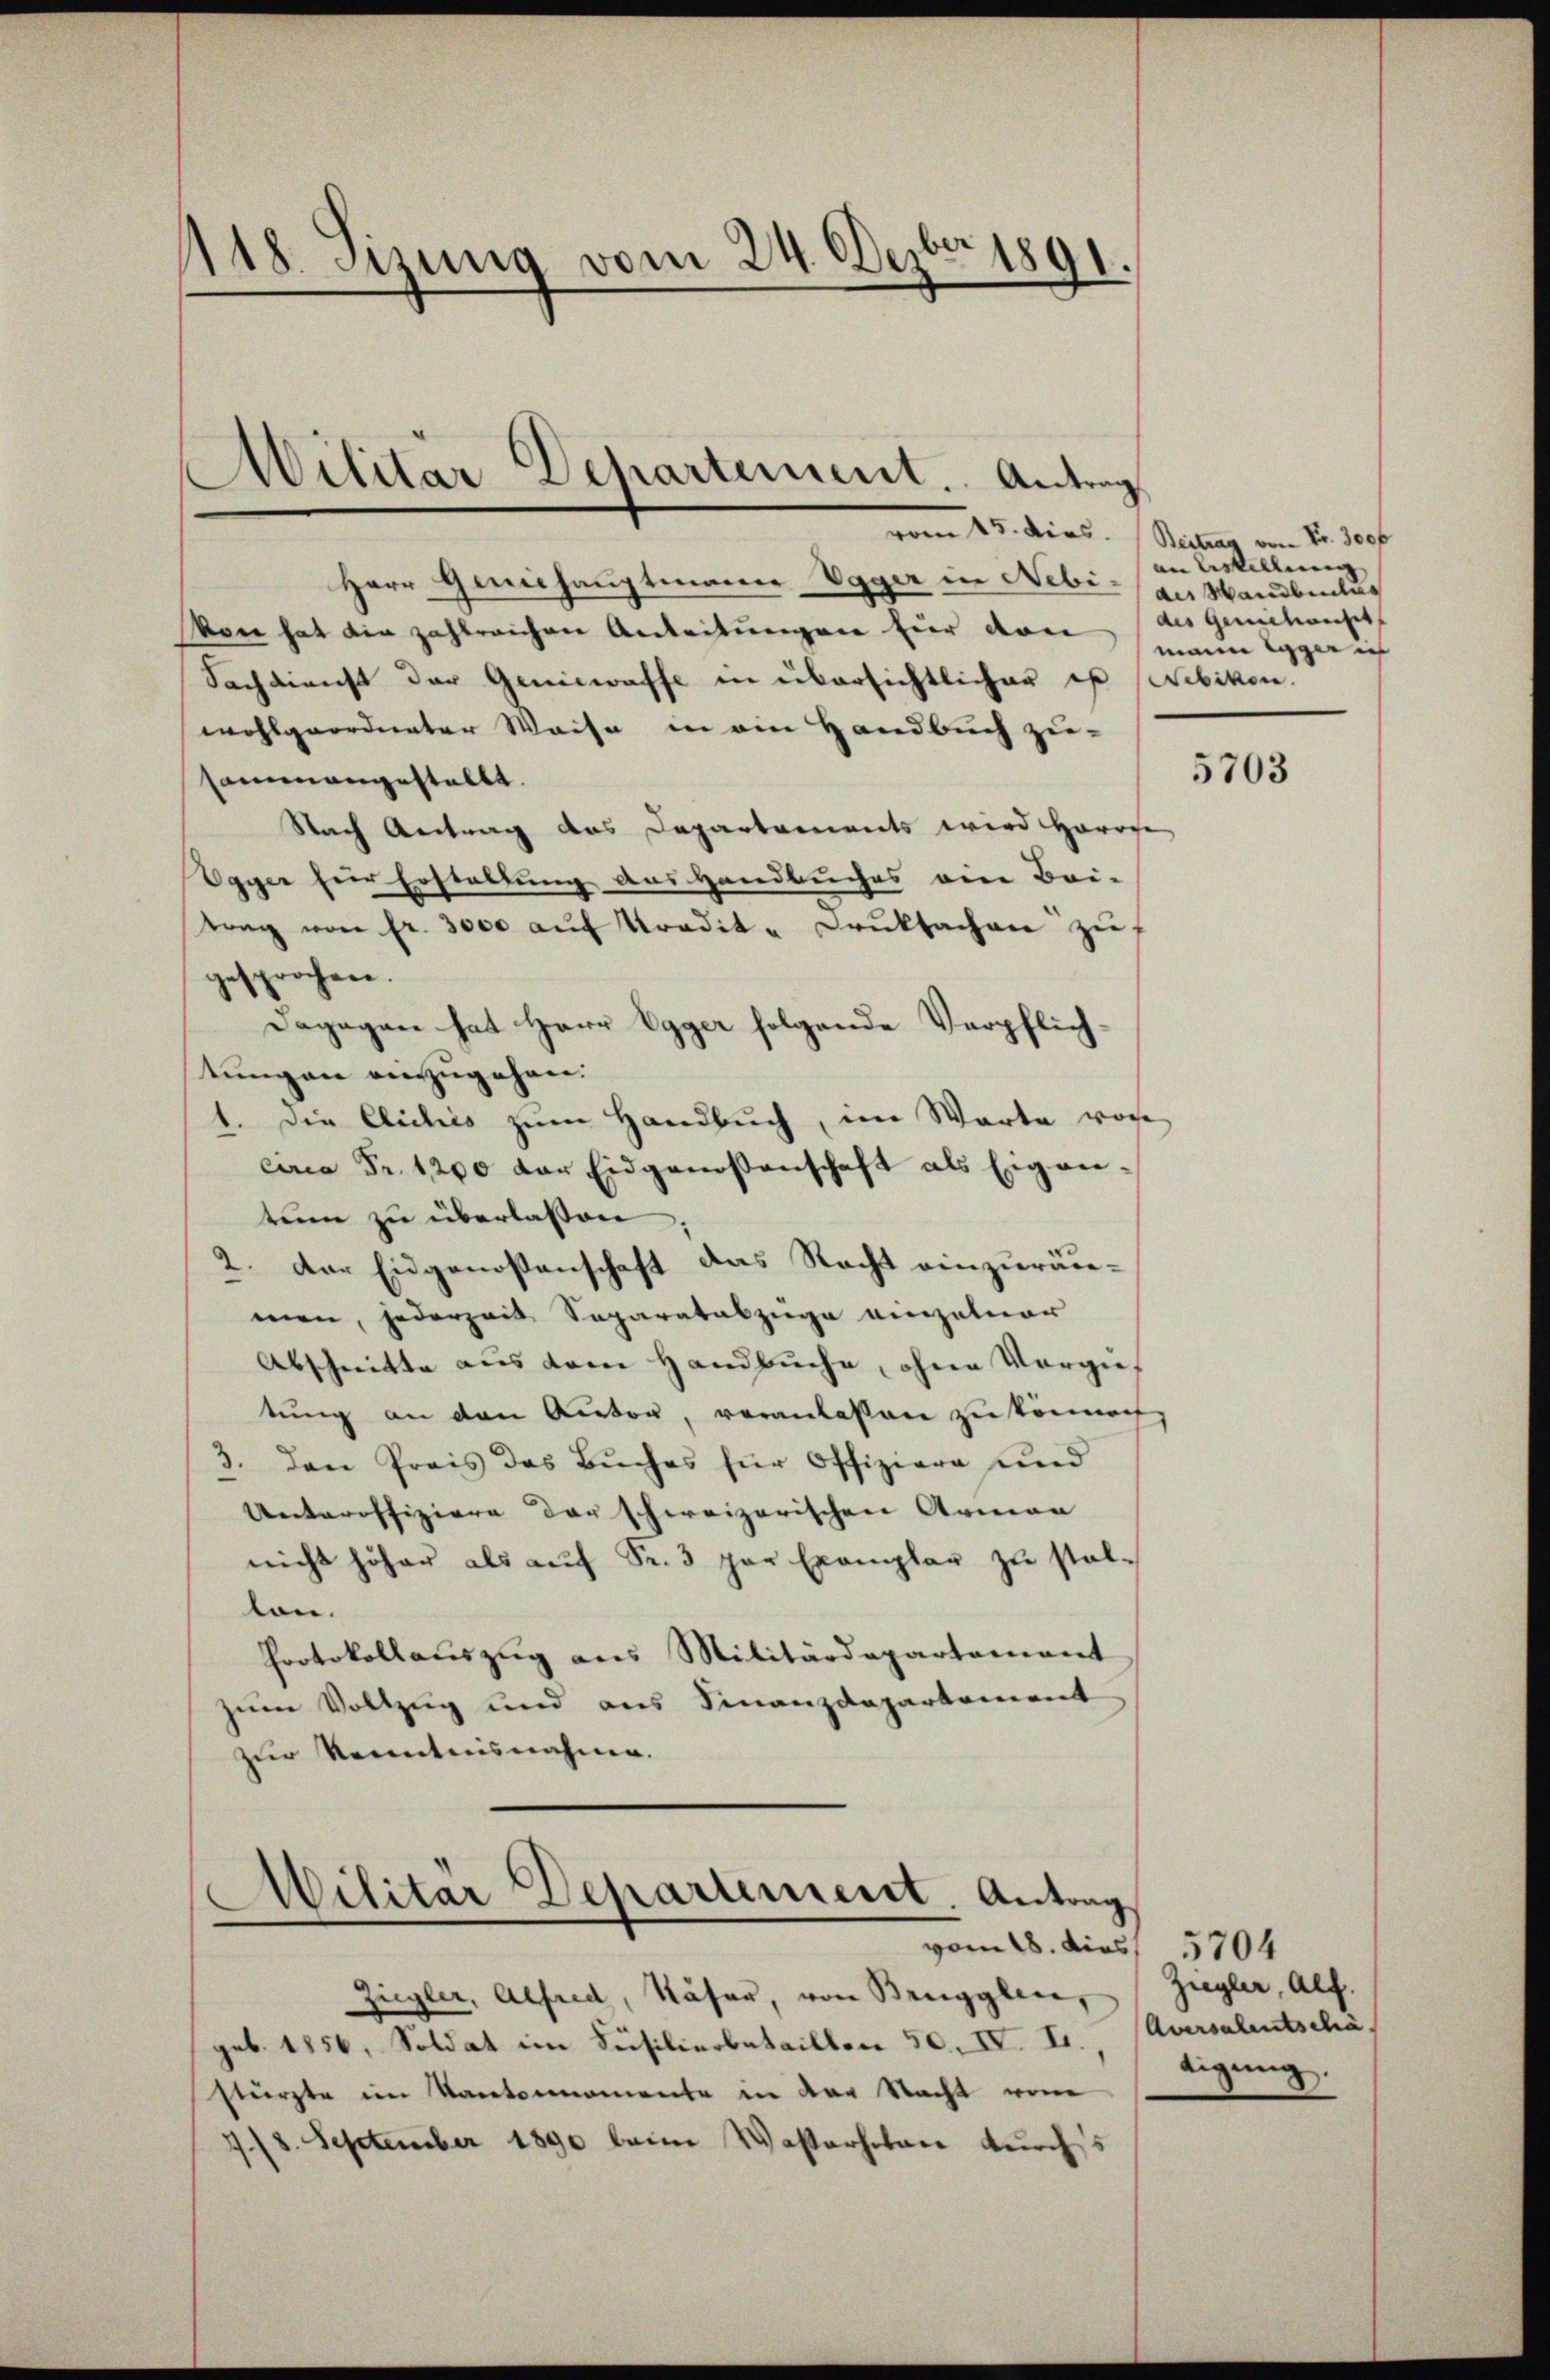
118. Jung vom 24. Der
1891.

Militär Dchartement. Antrag

Herr Geniehauptmann Vgger in Nebian Wandbelus
Von hat die zahlreichen Anleitungen für von des gemitanst
Sachdienst der Geniewaffe in übersichtlicher es (Webikon.
wohlgeordneter Weise in ein Handbuch zu-
sammengestellt.
Nach Antrag des Departements wird Horge
Egyer für Erstellung des Handbuches ein Bei-
trag von fr. 3000 auf tradit- Druksachen zu
gesprochen.
Dagegen hat Herr Egger folgende Verpflichtungen einzugehen.
1. Die Cliches zum Handbuch, im Warte woche
circa Fr. 1200 der Eidgenossenschaft als Eigen-
tum zu überlassen,
2. Der Eidgenossenschaft das Recht einzuräumen, jederzeit Separatabzüge einzelner
Abschnitte aus dem Handbuche, ohne Vergietung an den Autor, veranlassen zu könne,
3. den Preis des Bŭches für Offiziere und
Unteroffiziere der schweizerischen Armen
nicht höher als aŭf Fr. 3 par Exemplar zŭ stel-
lon.
Protokollauszug aus Militärdepartement
zum Vollzug und aus Finanzdepartement
zur Kenntnisnahme.

Militar Departement. Antrag
—
vom 28. dies 5704

Ziegler, Alfred, Käser, von Brugglen, Ziegler, Alf.
geb. 1856, Soldat im Füsilierbataillen 50. IV. II.,
stürzte im Kantonnomente in der Nacht vom
778. September 1890 beim Waserhoben durchs

vom 15. dies. Beitrag von Fr. 100
an Bestellung |
mann gerich

5703

Aversalentschä
tigung.